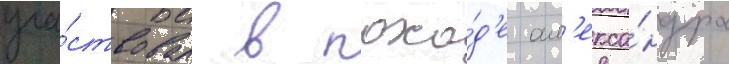
уча́ствовал в похо́д'е ал'екса́ндра